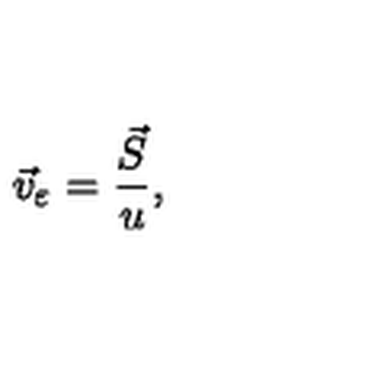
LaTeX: \vec { v } _ { \varepsilon } = \frac { \vec { S } } { u } ,